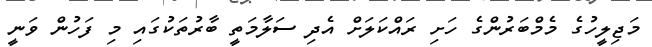
މަޖިލީހުގެ މެމްބަރުންގެ ހަށި ރައްކަލަށް އެދި ސަލާމަތީ ބާރުތަކުގައި މި ފަހުން ވަނީ